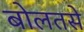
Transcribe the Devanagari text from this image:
बोलतसे